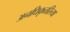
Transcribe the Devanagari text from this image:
अनधिकृतरित्या